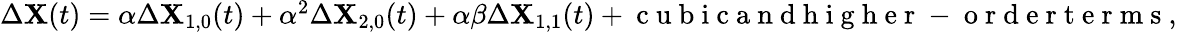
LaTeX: \begin{array}{r}{\Delta\mathbf{X}(t)=\alpha\Delta\mathbf{X}_{1,0}(t)+\alpha^{2}\Delta\mathbf{X}_{2,0}(t)+\alpha\beta\Delta\mathbf{X}_{1,1}(t)+\mathrm{~c~u~b~i~c~a~n~d~h~i~g~h~e~r~-~o~r~d~e~r~t~e~r~m~s~},}\end{array}